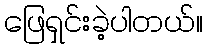
ဖြေရှင်းခဲ့ပါတယ်။